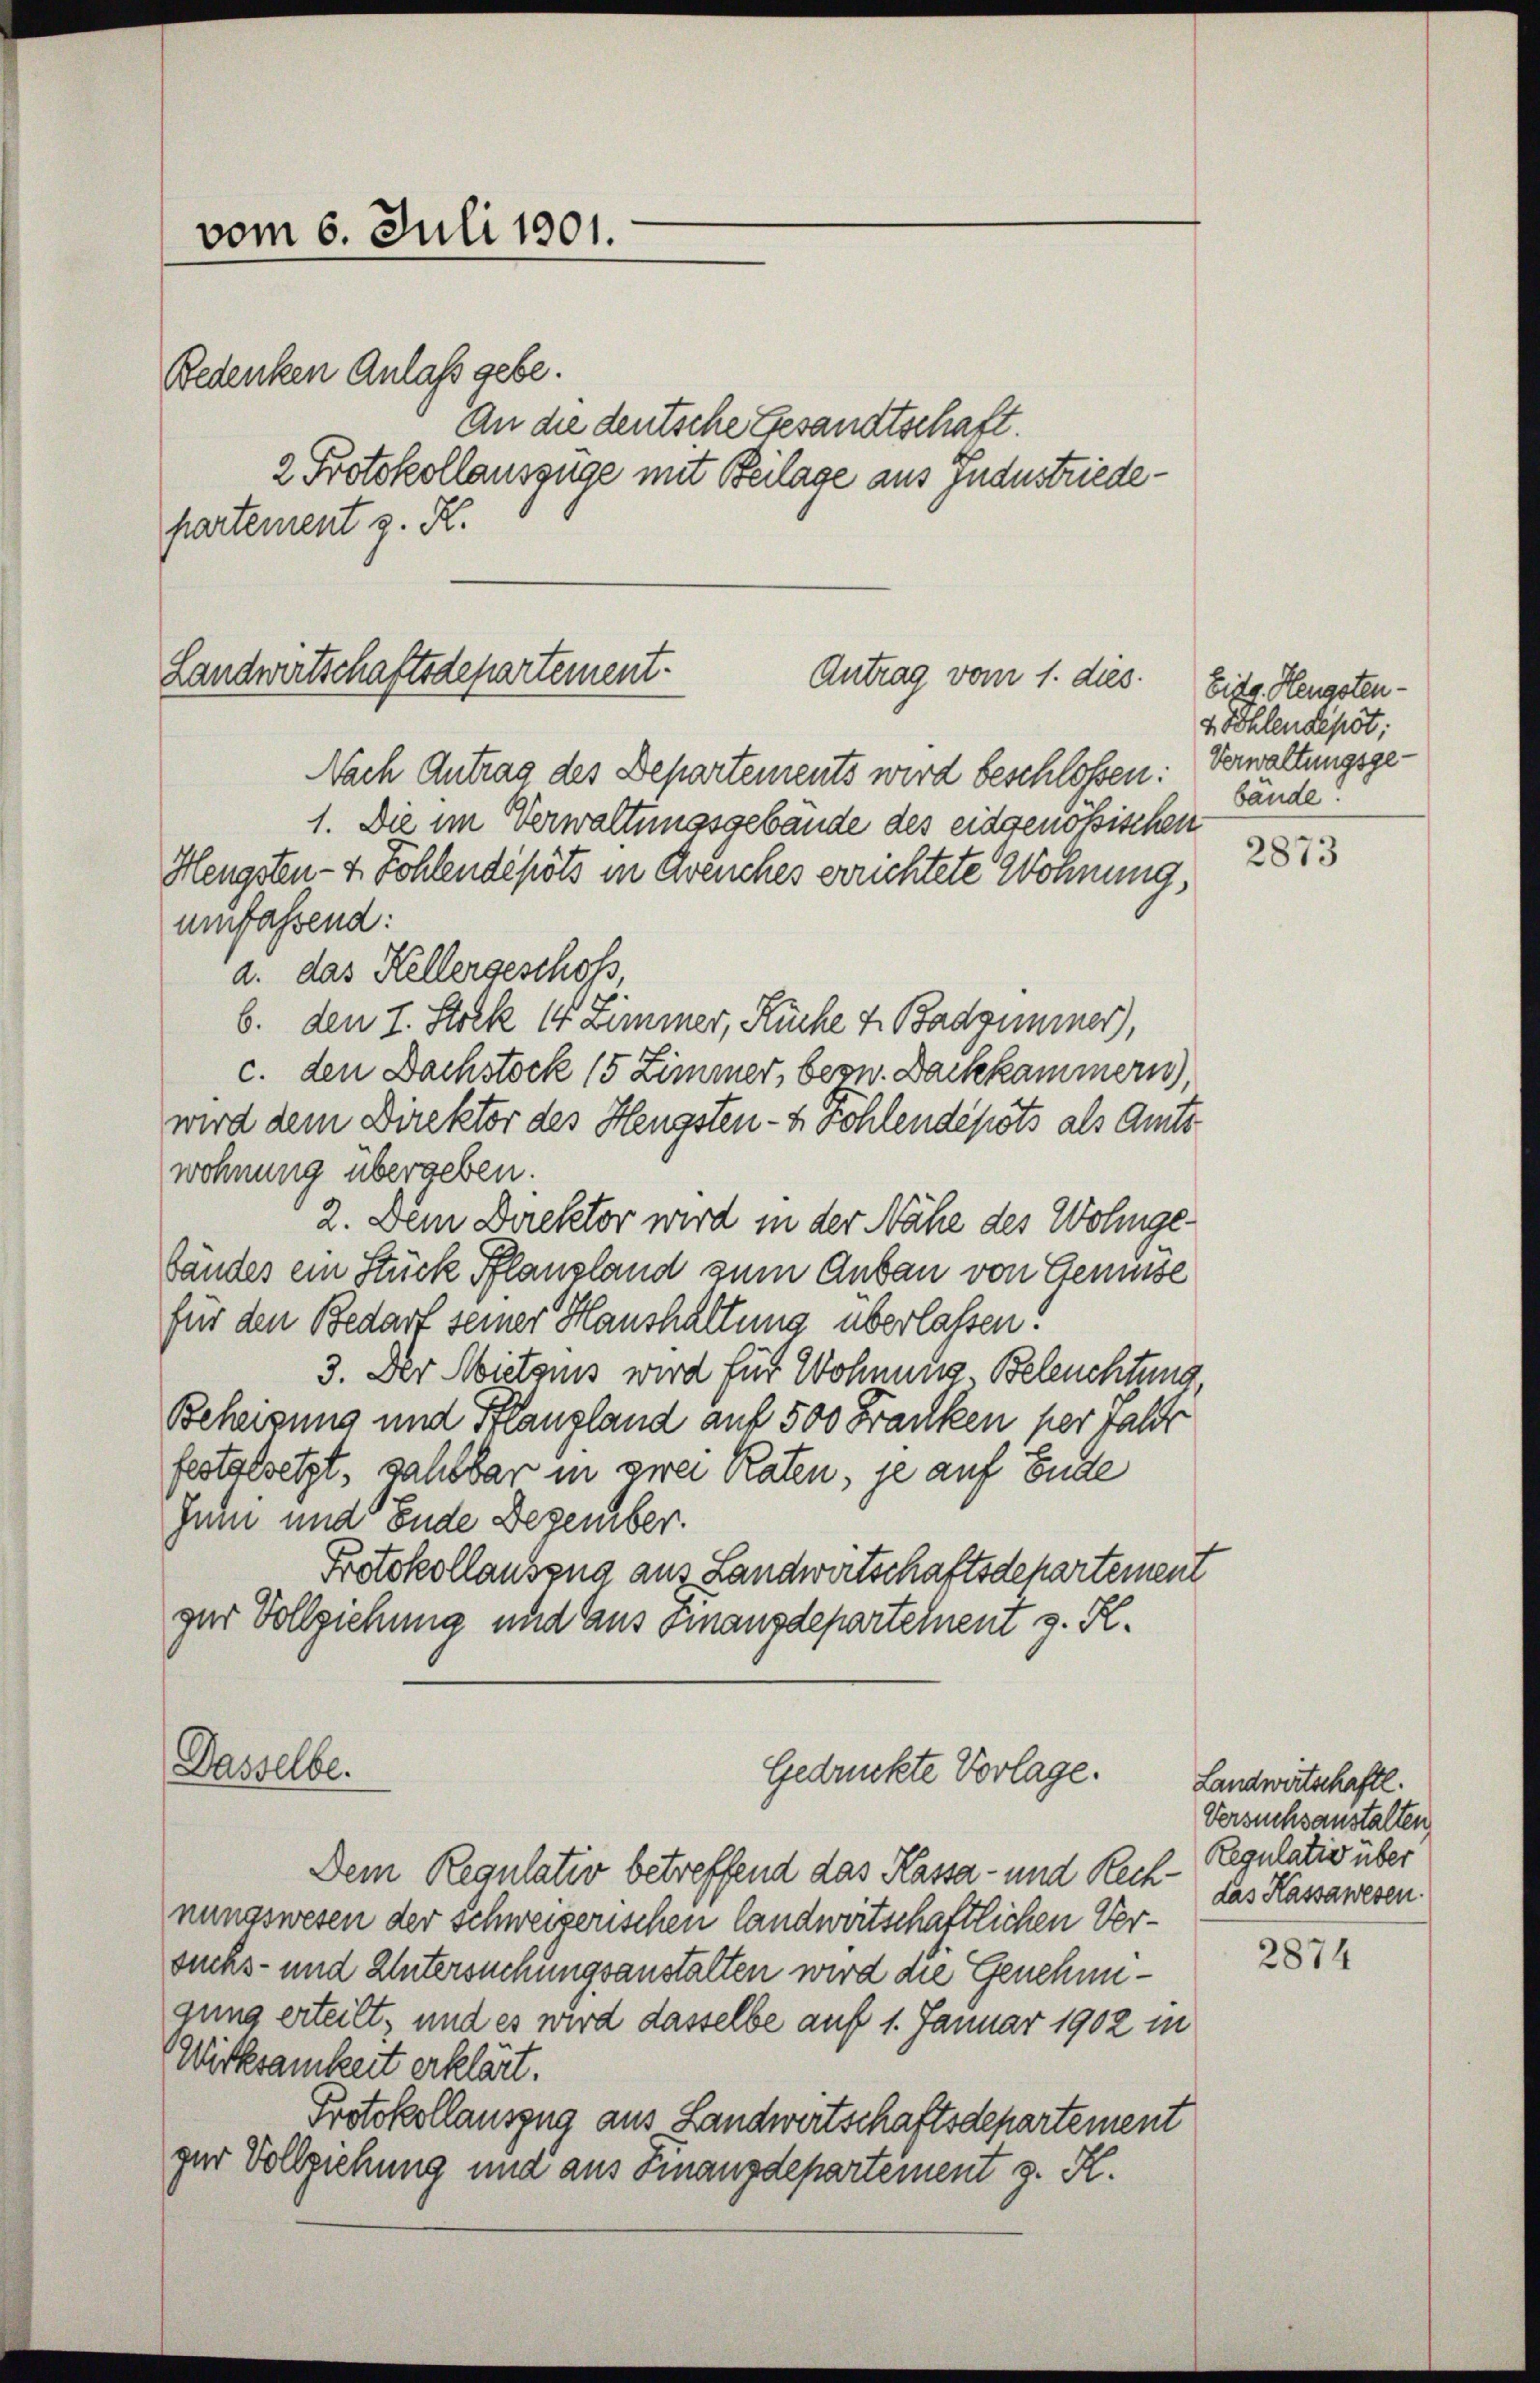
vom 6. Juli 1901.
Bedenken Anlass gebe.

Landwirtschaftsdepartement.
Antrag vom 1. dies

Dasselbe.

An die deutsche Gesandtschaft.
2 Protokollauszüge mit Beilage aus Industriedepartement z. K.

Nach Antrag des Departements wird beschloßen: Verwaltungsge¬
1. Die im Verwaltungsgebäude des eidgenößischen
Hengsten- & Kohlendepots in Greuches errichtete Wohnung,
umfassend:
a. das Kellergeschoss,
6. den 7. Stock 14 Zimmer, Rücke u. Badzimmer,
c. den Dachstock 15 Zimmer, bezw. Dachkammern),
wird dem Direktor des Hengsten- & Kohlendepots als Amtswohnung übergeben.
2. Dem Direktor wird in der Nähe des Wohngebändes ein Stück Pflanzland zum Anbau von Gemüse
für den Bedarf seiner Haushaltung überlassen!
3. Der Mietens wird für Wohnung Beleuchtung,
Beheizung und Pflanzland auf 500 Franken per halte
festgesetzt, sahlbar in zwei Raten, je auf Ende
Juni und Ende Dezember.
Protokollauszug aus Landwirtschaftsdepartement
gur Vollziehung und aus Finanzdepartement z. R.

Gedrückte Vorlage.

Dem Regulativ betreffend das Kassa- und Rech- das Kassawesen
nungswesen der schweizerischen landwirtschaftlichen Versucks- und Untersuchungsanstalten wird die Genehmigung erteilt, und es wird dasselbe auf 1. Januar 1902 in
Wirksamkeit erklärt.
Protokollauszug aus Landwirtschaftsdepartement
ger Vollziehung und aus Finanzdepartement z. K.

Eidg. Hengsten-
4 Sohlendepot;
bände

2873

Landwirtschaftl.
Versuchsanstalten
Regulativ über

2874